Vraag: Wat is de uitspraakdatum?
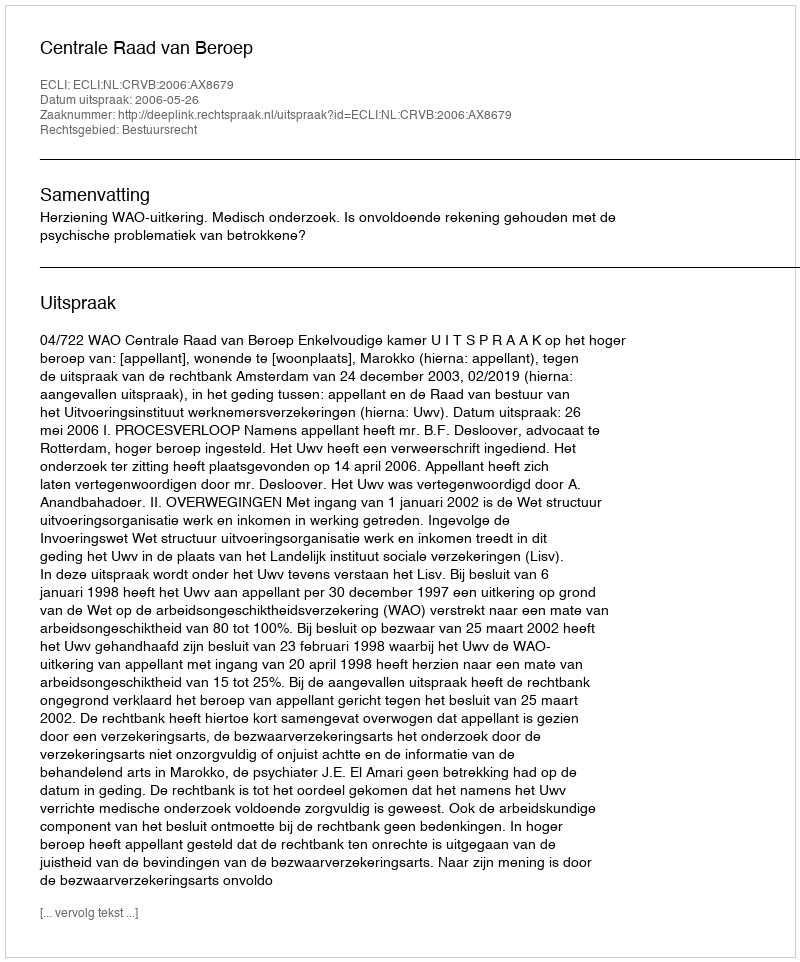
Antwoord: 2006-05-26